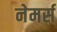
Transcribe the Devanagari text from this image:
नेमर्स